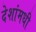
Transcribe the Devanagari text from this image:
देशांमधी